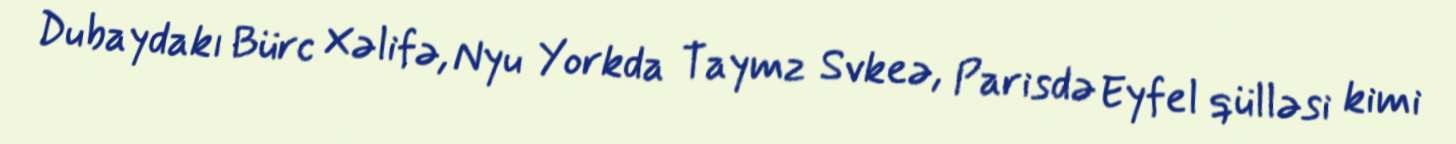
Dubaydakı Bürc Xəlifə, Nyu Yorkda Taymz Svkeə, Parisdə Eyfel qülləsi kimi